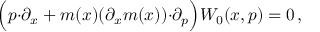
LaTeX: \Bigl ( p { \cdot } \partial _ { x } + m ( x ) ( \partial _ { x } m ( x ) ) { \cdot } \partial _ { p } \Bigr ) { \cal W } _ { 0 } ( x , p ) = 0 \, ,